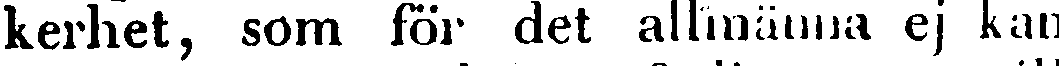
kerhet, som för det allmänna ej kan